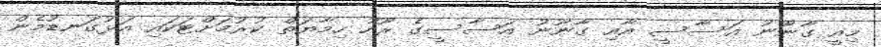
މިއީ ގާނޫނު އަސާސީ އާއި ގާނޫނު އަސާސީގެ ރޫހު ހިމާޔަތް ކުރުމަށްޓަކައި އަޅުގަނޑުމެން